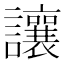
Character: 讓